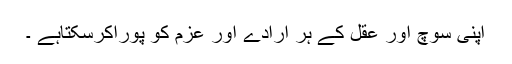
اپنی سوچ اور عقل کے ہر ارادے اور عزم کو پوراکرسکتاہے ۔